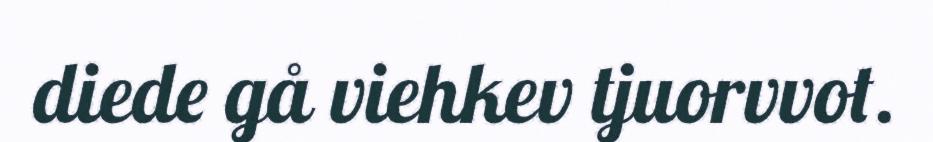
diede gå viehkev tjuorvvot.